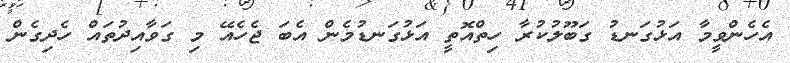
އެހެންވީމާ އަޅުގަނޑު ގަބޫލުކުރާ ހިތްއޮތީ އަޅުގަނޑުމެން އެބަ ޖެހެއޭ މި ގަވާއިދުތައް ހެދިގެން